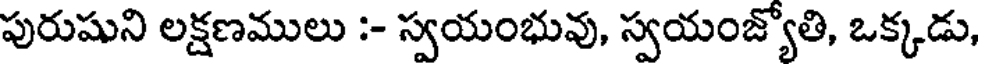
పురుషుని లక్షణములు :- స్వయంభువు, స్వయంజ్యోతి, ఒక్కడు,